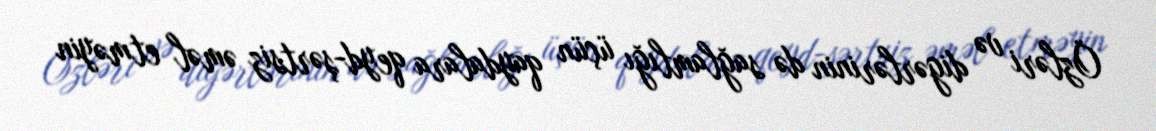
Özləri və digərlərinin də sağlamlığı üçün qaydalara qeyd-şərtsiz əməl etməyin